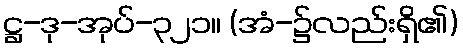
ဋ္ဌ-ဒု-အုပ်-၃၂၁။ (အံ-၌လည်းရှိ၏)